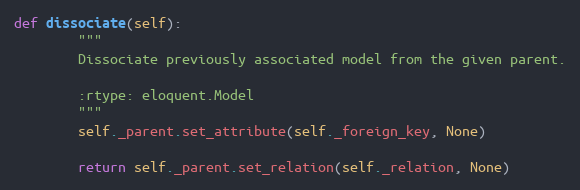
Language: Python
def dissociate(self):
        """
        Dissociate previously associated model from the given parent.

        :rtype: eloquent.Model
        """
        self._parent.set_attribute(self._foreign_key, None)

        return self._parent.set_relation(self._relation, None)